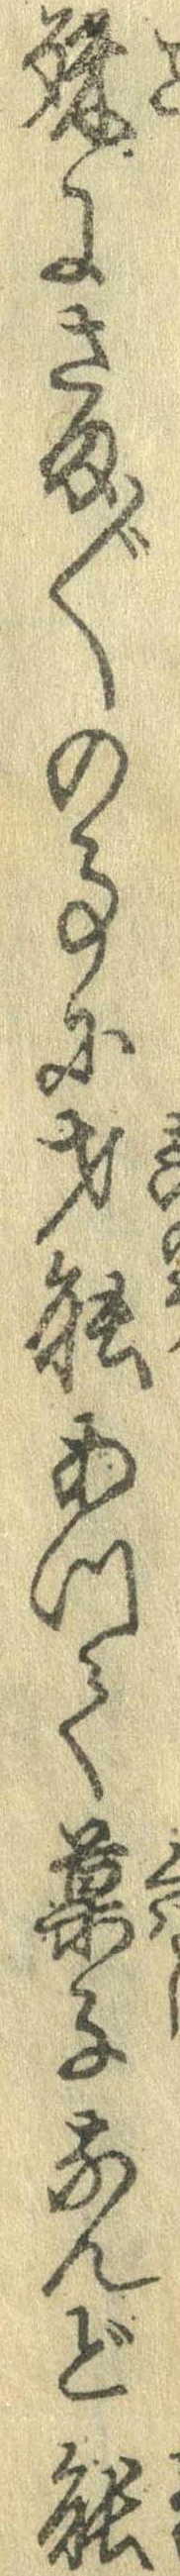
殊にさま〲の事に才能あって菓子なんど能